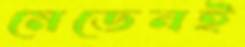
মেডেনই